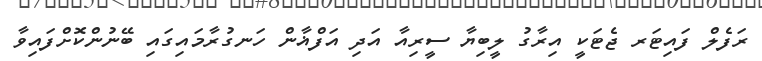
ރަފެލް ފައިޓަރ ޖެޓަކީ އިރާގު ލީބިޔާ ސީރިއާ އަދި އަފްޣާން ހަނގުރާމައިގައި ބޭނުންކޮށްފައިވާ